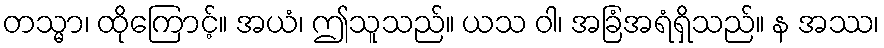
တသ္မာ၊ ထိုကြောင့်။ အယံ၊ ဤသူသည်။ ယသ ဝါ၊ အခြံအရံရှိသည်။ န အဿ၊